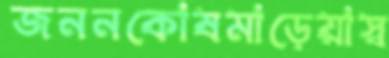
জননকোষমাড়েয়াস্ব